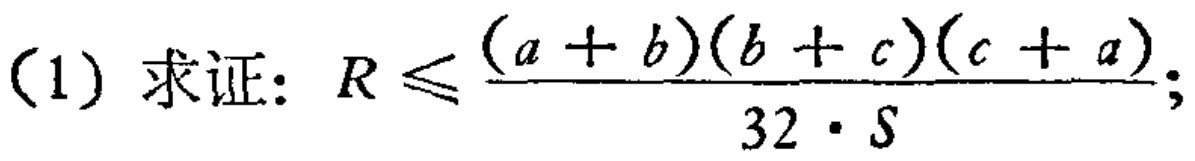
(1) 求证：$R\leqslant \frac{(a + b)(b + c)(c + a)}{32\cdot S}$;